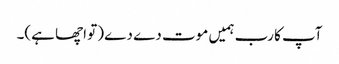
آپ کا رب ہمیں موت دے دے (تو اچھا ہے)۔